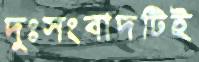
দুঃসংবাদটিই